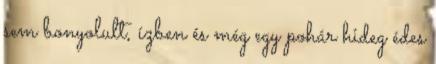
sem bonyolult, ízben és még egy pohár hideg édes